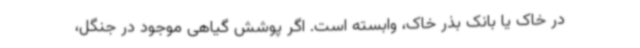
در خاک یا بانک بذر خاک، وابسته است. اگر پوشش گیاهی موجود در جنگل،